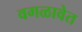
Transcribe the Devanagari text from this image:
वगळावेत